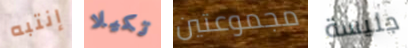
إنتبه تكيلا مجموعتين جليسة